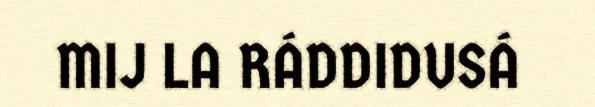
MIJ LA RÁDDIDUSÁ